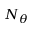
N _ { \theta }